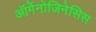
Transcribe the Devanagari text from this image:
ऑर्गेनोजिनेसिस